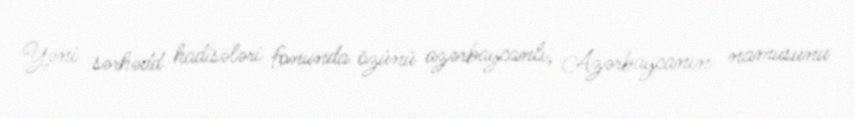
Yəni sərhədd hadisələri fonunda özünü azərbaycanlı, Azərbaycanın namusunu